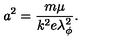
a ^ { 2 } = \frac { m \mu } { k ^ { 2 } e \lambda _ { \phi } ^ { 2 } } .